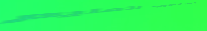
مركز تدريب الحاسوب لتعليم